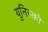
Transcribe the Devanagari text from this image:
युनिस्को